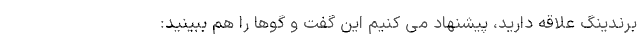
برندینگ علاقه دارید، پیشنهاد می کنیم این گفت و گوها را هم ببینید: